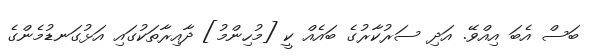
ބަސް އެބަ އިއްވޭ. އަދި ސަރުކާރުގެ ބައެއް ކީ [މުހިންމު] ދާއިރާތަކުގައި އަޅުގަނޑުމެންގެ